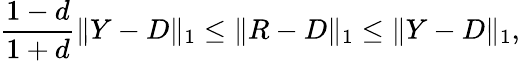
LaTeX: {\frac{1-d}{1+d}}\| Y-D\| _{1}\leq\| R-D\| _{1}\leq\| Y-D\| _{1},